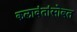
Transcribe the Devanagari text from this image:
कलावंतांसोबत